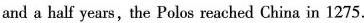
and a half years,the Polos reached China in 1275.